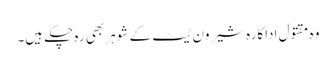
وہ مقتول اداکارہ شیرون ٹیٹ کے شوہر بھی رہ چکے ہیں۔